Report on vaccination in Madras 1895-1903 - 1895-1903
Year: 1895
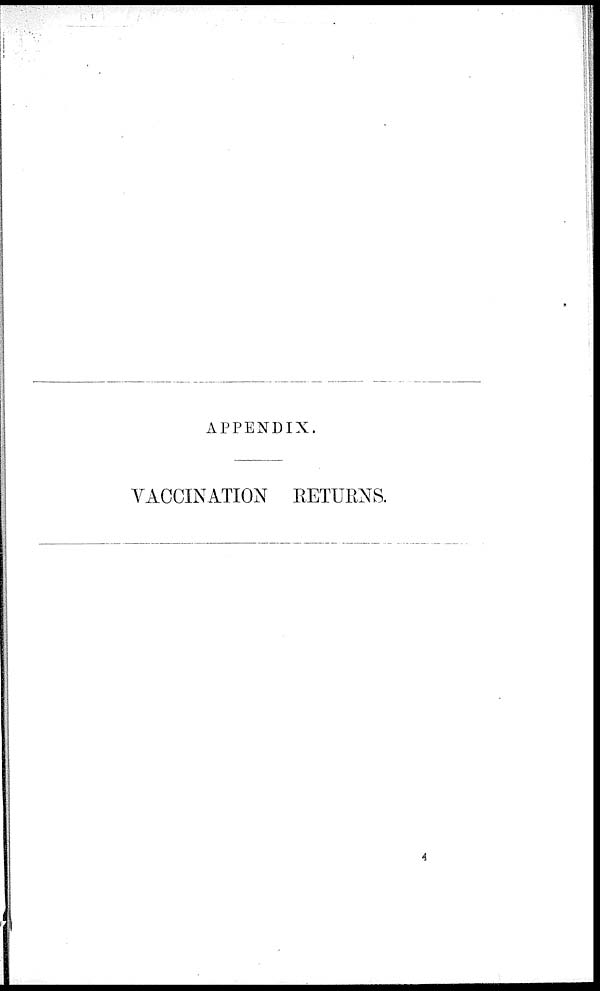
APPENDIX.
VACCINATION RETURNS.
4